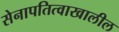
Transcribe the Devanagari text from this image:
सेनापतित्वाखालील